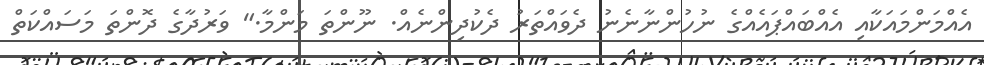
އެއްމަންމައަކާއި އެއްބައްޕައެއްގެ ނުހުންނާނެނު ދެވައްތަރު ދެކުދިންނެއް. ނޫންތަ މަންމާ." ވަރުދާގެ ދޮންތަ މަސައްކަތް